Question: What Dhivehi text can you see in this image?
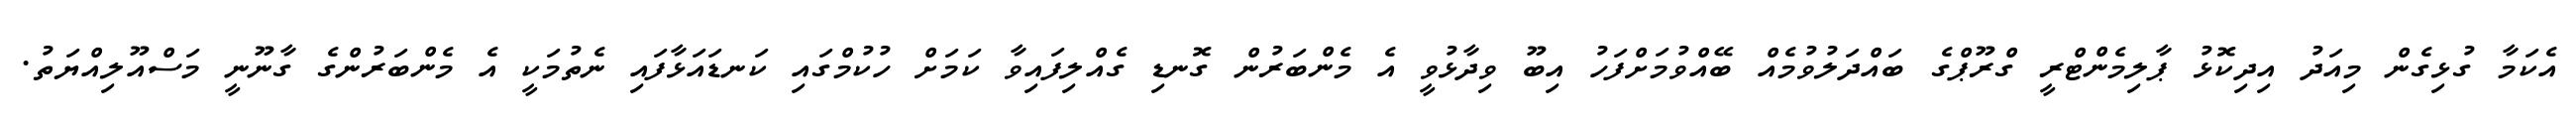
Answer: އެކަމާ ގުޅިގެން މިއަދު އިދިކޮޅު ޕާލިމެންޓްރީ ގްރޫޕްގެ ބައްދަލުވުމެއް ބޭއްވުމަށްފަހު އިބޫ ވިދާޅުވީ އެ މެންބަރުން ގޮނޑި ގެއްލިފައިވާ ކަމަށް ހުކުމްގައި ކަނޑައަޅާފައި ނެތުމަކީ އެ މެންބަރުންގެ ގާނޫނީ މަސްއޫލިއްޔަތު.